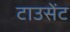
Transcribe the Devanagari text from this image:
टाउसेंट